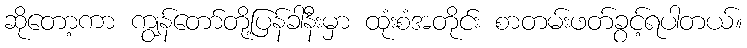
ဆိုတော့ကာ ကျွန်တော်တို့ပြန်ခါနီးမှာ ထုံးစံအတိုင်း စာတမ်းဖတ်ခွင့်ရပါတယ်။